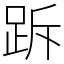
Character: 跅